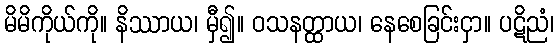
မိမိကိုယ်ကို။ နိဿာယ၊ မှီ၍။ ဝသနတ္ထာယ၊ နေစေခြင်းငှာ။ ပဋိညံ၊